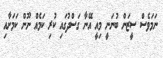
ނަމަވެސް ސީޒަން ބުނަނީ މިއީ އޭނާ ގަސްދުގައި ކުރި ކަމެއް ނޫން ކަމަށާއި